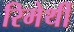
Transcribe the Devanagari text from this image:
रिमेर्थी